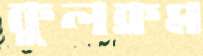
কুলক্রম